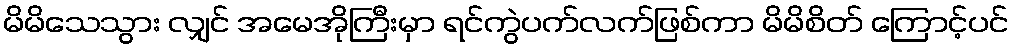
မိမိသေသွား လျှင် အမေအိုကြီးမှာ ရင်ကွဲပက်လက်ဖြစ်ကာ မိမိစိတ် ကြောင့်ပင်